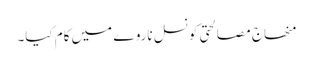
منھاج مصالحتی کونسل ناروے میں کام کیا۔